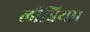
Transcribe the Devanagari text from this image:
लीबिया।